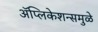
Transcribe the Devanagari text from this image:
अॅप्लिकेशन्समुळे